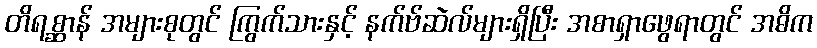
တိရစ္ဆာန် အများစုတွင် ကြွက်သားနှင့် နက်ဗ်ဆဲလ်များရှိပြီး အစာရှာဖွေရာတွင် အဓိက